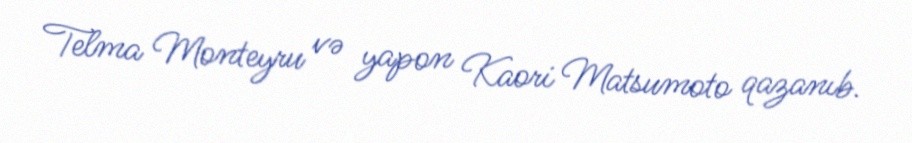
Telma Monteyru və yapon Kaori Matsumoto qazanıb.